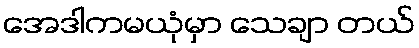
အေဒါကမယုံမှာ သေချာ တယ်